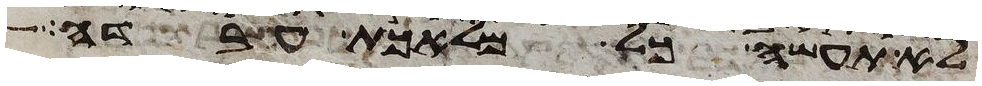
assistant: לא תעשה כל מלאכת עבדה